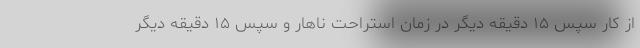
از کار سپس ۱۵ دقیقه دیگر در زمان استراحت ناهار و سپس ۱۵ دقیقه دیگر